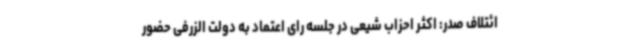
ائتلاف صدر: اکثر احزاب شیعی در جلسه رای اعتماد به دولت الزرفی حضور